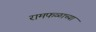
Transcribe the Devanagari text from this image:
रामफळाच्या